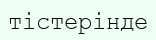
тістерінде